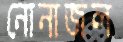
নোনাজল